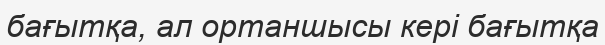
бағытқа, ал ортаншысы кері бағытқа